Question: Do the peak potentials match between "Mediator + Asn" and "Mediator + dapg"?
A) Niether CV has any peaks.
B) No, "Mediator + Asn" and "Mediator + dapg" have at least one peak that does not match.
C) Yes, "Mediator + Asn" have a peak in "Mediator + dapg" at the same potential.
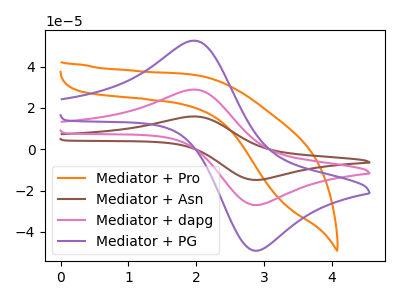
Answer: <think>The orange curve "Mediator + Pro" has no peaks. The brown curve "Mediator + Asn" has an anodic peak at (1.95V, 57.80uA) and a cathodic peak at (2.95V, -53.70uA). The pink curve "Mediator + dapg" has an anodic peak at (1.95V, 28.90uA) and a cathodic peak at (2.95V, -26.85uA). The purple curve "Mediator + PG" has an anodic peak at (1.95V, 52.55uA) and a cathodic peak at (2.95V, -48.85uA).</think>
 <answer>C) Yes, "Mediator + Asn" have a peak in "Mediator + dapg" at the same potential.</answer>
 <eval>C</eval>